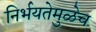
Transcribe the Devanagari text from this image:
निर्भयतेमुळेच